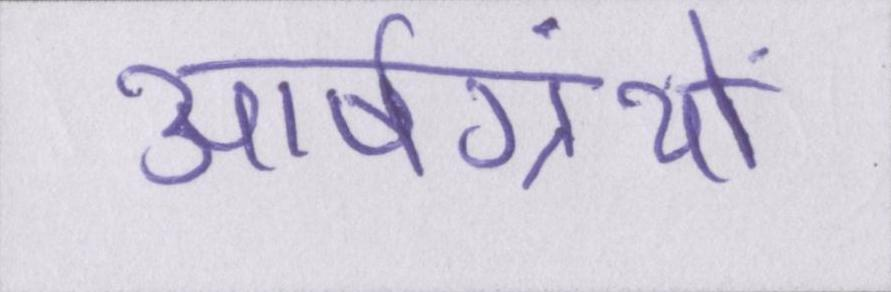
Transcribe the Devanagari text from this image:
आर्षग्रंथों